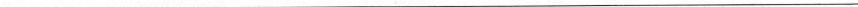
___